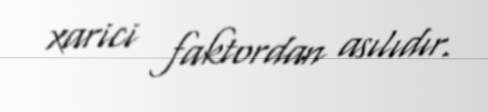
xarici faktordan asılıdır.